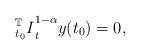
LaTeX: \begin{align*}{_{t_{0}}^{\mathbb{T}}I}_{t}^{1-\alpha}y(t_{0})= 0,\end{align*}